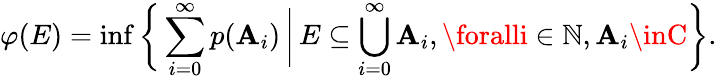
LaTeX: \varphi(E)=\operatorname*{inf}{\biggl\{ }\sum_{i=0}^{\infty}p(\mathbf{A}_{i})\, {\bigg|}\, E\subseteq\bigcup_{i=0}^{\infty}\mathbf{A}_{i},\foralli\in\mathbb{{N}},\mathbf{A}_{i}\inC{\biggr\} }.